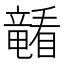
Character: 𪿁